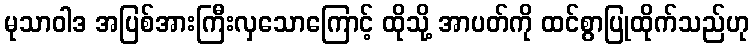
မုသာဝါဒ အပြစ်အားကြီးလှသောကြောင့် ထိုသို့ အာပတ်ကို ထင်စွာပြုထိုက်သည်ဟု